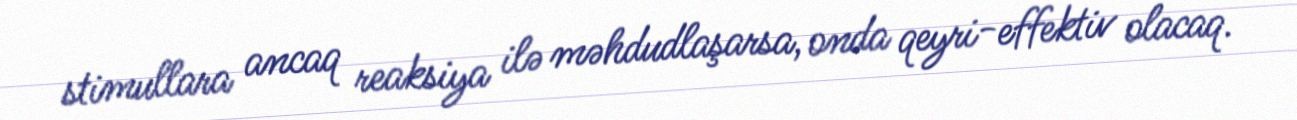
stimullara ancaq reaksiya ilə məhdudlaşarsa, onda qeyri-effektiv olacaq.